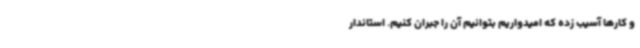
و کارها آسیب زده که امیدواریم بتوانیم آن را جبران کنیم. استاندار